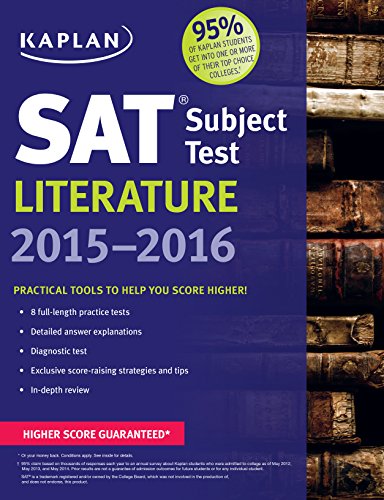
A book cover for Kaplan SAT Subject Test Literature 2015-2016 (Kaplan Test Prep); Kaplan; Test Preparation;